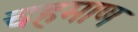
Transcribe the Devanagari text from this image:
चहमाण